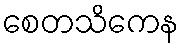
စေတသိကေန